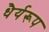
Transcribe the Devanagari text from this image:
धैर्यरूप